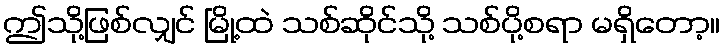
ဤသို့ဖြစ်လျှင် မြို့ထဲ သစ်ဆိုင်သို့ သစ်ပို့စရာ မရှိတော့။